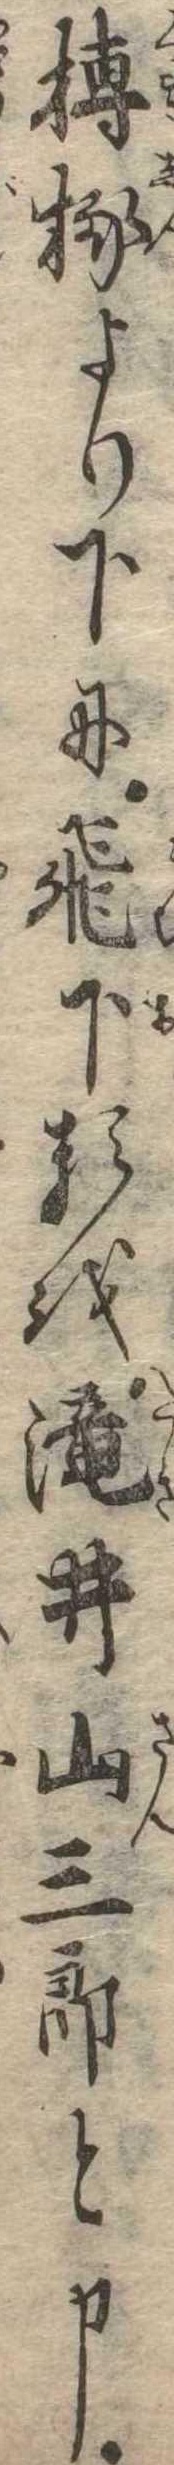
榑椽より下に飛下るを滝井山三郎と申